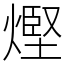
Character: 熞